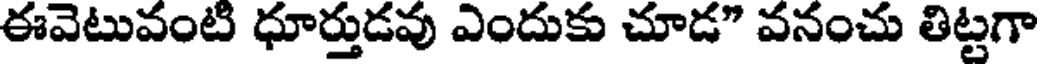
ఈవెటువంటి ధూర్తుడవు ఎందుకు చూడ" వనంచు తిట్టగా